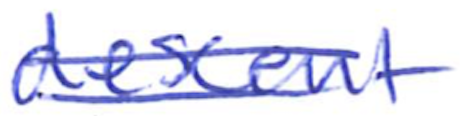
Text: descent
Cross-out: double-line
Writing tool: ballpoint